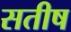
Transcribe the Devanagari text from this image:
सतीष